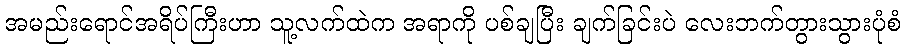
အမည်းရောင်အရိပ်ကြီးဟာ သူ့လက်ထဲက အရာကို ပစ်ချပြီး ချက်ခြင်းပဲ လေးဘက်တွားသွားပုံစံ